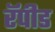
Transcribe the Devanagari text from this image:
रॅपीड